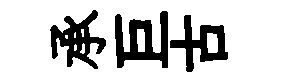
承巨古